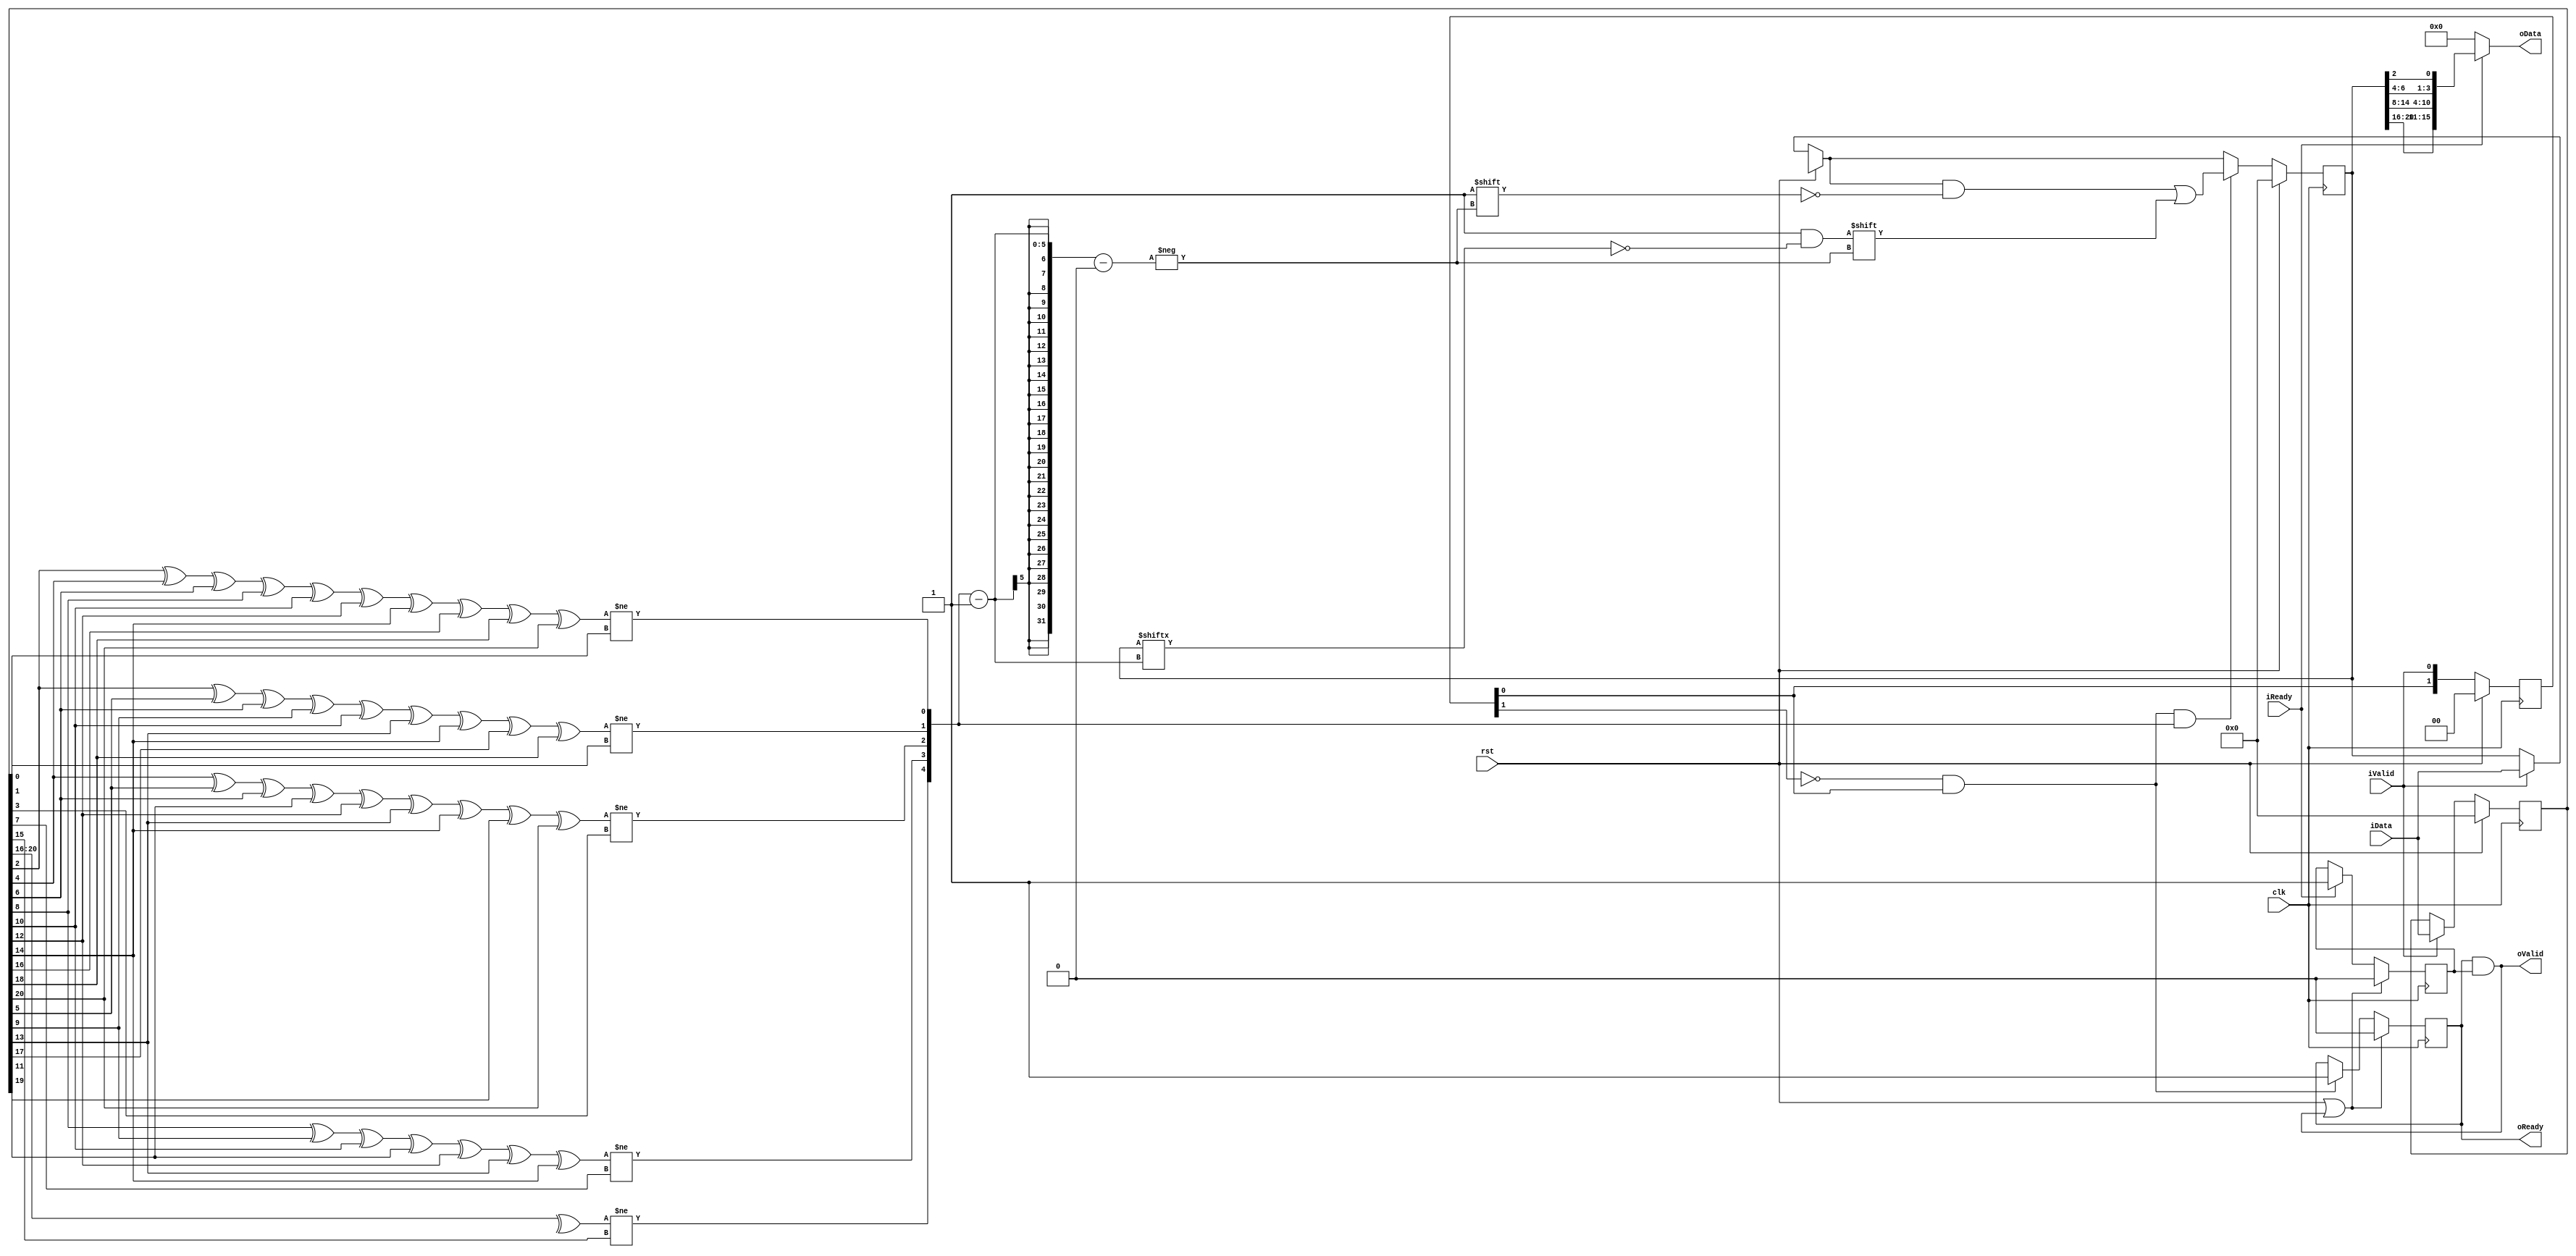
module HammingDec(
	input clk,
	input rst,
	input [20:0] iData,
	input iValid,//     
	output oReady,
	output [15:0] oData,
	output oValid,//    
	input iReady
);
reg [20:0] bufData;
reg [4:0]  syndrom;
reg        oBufReady;
reg [1:0] syncValid;
reg [1:0] syncReady;
reg [20:0] decData;
reg delayReady;
reg delayValid;

wire dtctValid = !syncValid[1]&syncValid[0];

reg loc;
always @ (posedge clk) begin
	if(rst || oValid)
		loc <= 0;
	else if (iReady) //   iReady 
		loc <= 1;
end

always @ (posedge clk) begin
	oBufReady <= (rst || (oBufReady && loc)) ? 1'b0 : (dtctValid ? 1'b1 : oBufReady);
end

assign oReady = oBufReady;
assign oValid = oReady && loc;

always@(*) begin
	syndrom[0] = bufData[2] ^ bufData[4] ^ bufData[6] ^ bufData[8] ^ bufData[10] ^ bufData[12] ^ bufData[14] ^ bufData[16] ^ bufData[18] ^  bufData[20];
	syndrom[1] = bufData[2] ^ bufData[5] ^ bufData[6] ^ bufData[9] ^ bufData[10] ^ bufData[13] ^ bufData[14] ^ bufData[17] ^ bufData[18];
	syndrom[2] = bufData[4] ^ bufData[5] ^ bufData[6] ^ bufData[11] ^ bufData[12] ^ bufData[13] ^ bufData[14] ^ bufData[19] ^ bufData[20];
	syndrom[3] = bufData[8] ^ bufData[9] ^ bufData[10] ^ bufData[11] ^ bufData[12] ^ bufData[13] ^ bufData[14];
	syndrom[4] = ^bufData[20:16]; 
end

reg [4:0] position = 0;

always@(*)
position = {syndrom[4] != bufData[15],syndrom[3] != bufData[7],syndrom[2] != bufData[3],syndrom[1] != bufData[1],syndrom[0] != bufData[0]};

wire error = dtctValid && position; 

always@(posedge clk) begin
	if(rst) begin
		syncValid <= 2'b0;
		syncReady <= 2'b0;
	end else begin
		syncValid <= {syncValid[0], iValid};
		syncReady <= {syncReady[0], iReady};
	end	
end

always@(posedge clk) begin
	if(rst) 
		bufData <= 21'd0;
	else if(iValid) 
		bufData <= iData;
end

always@(posedge clk) begin
	if(rst)
		decData <= 21'd0;
	else begin
		if(iValid)
			decData <= iData;
		if(error)
			decData[position - 1] <= ~decData[position - 1];// 			
	end
end

assign oData  = (iReady) ? {decData[20:16], decData[14:8], decData[6:4], decData[2]} : 16'd0;

endmodule